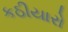
કઠીયારો